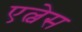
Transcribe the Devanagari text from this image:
एल्वेस